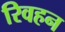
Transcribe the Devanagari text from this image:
रिवहन